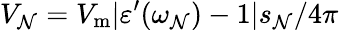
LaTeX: V_{\mathcal{N}}=V_{\mathrm{{m}}}|\varepsilon^{\prime}(\omega_{\mathcal{N}})-1|s_{\mathcal{N}}/4\pi